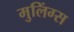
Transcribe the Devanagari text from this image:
मुलिंग्स